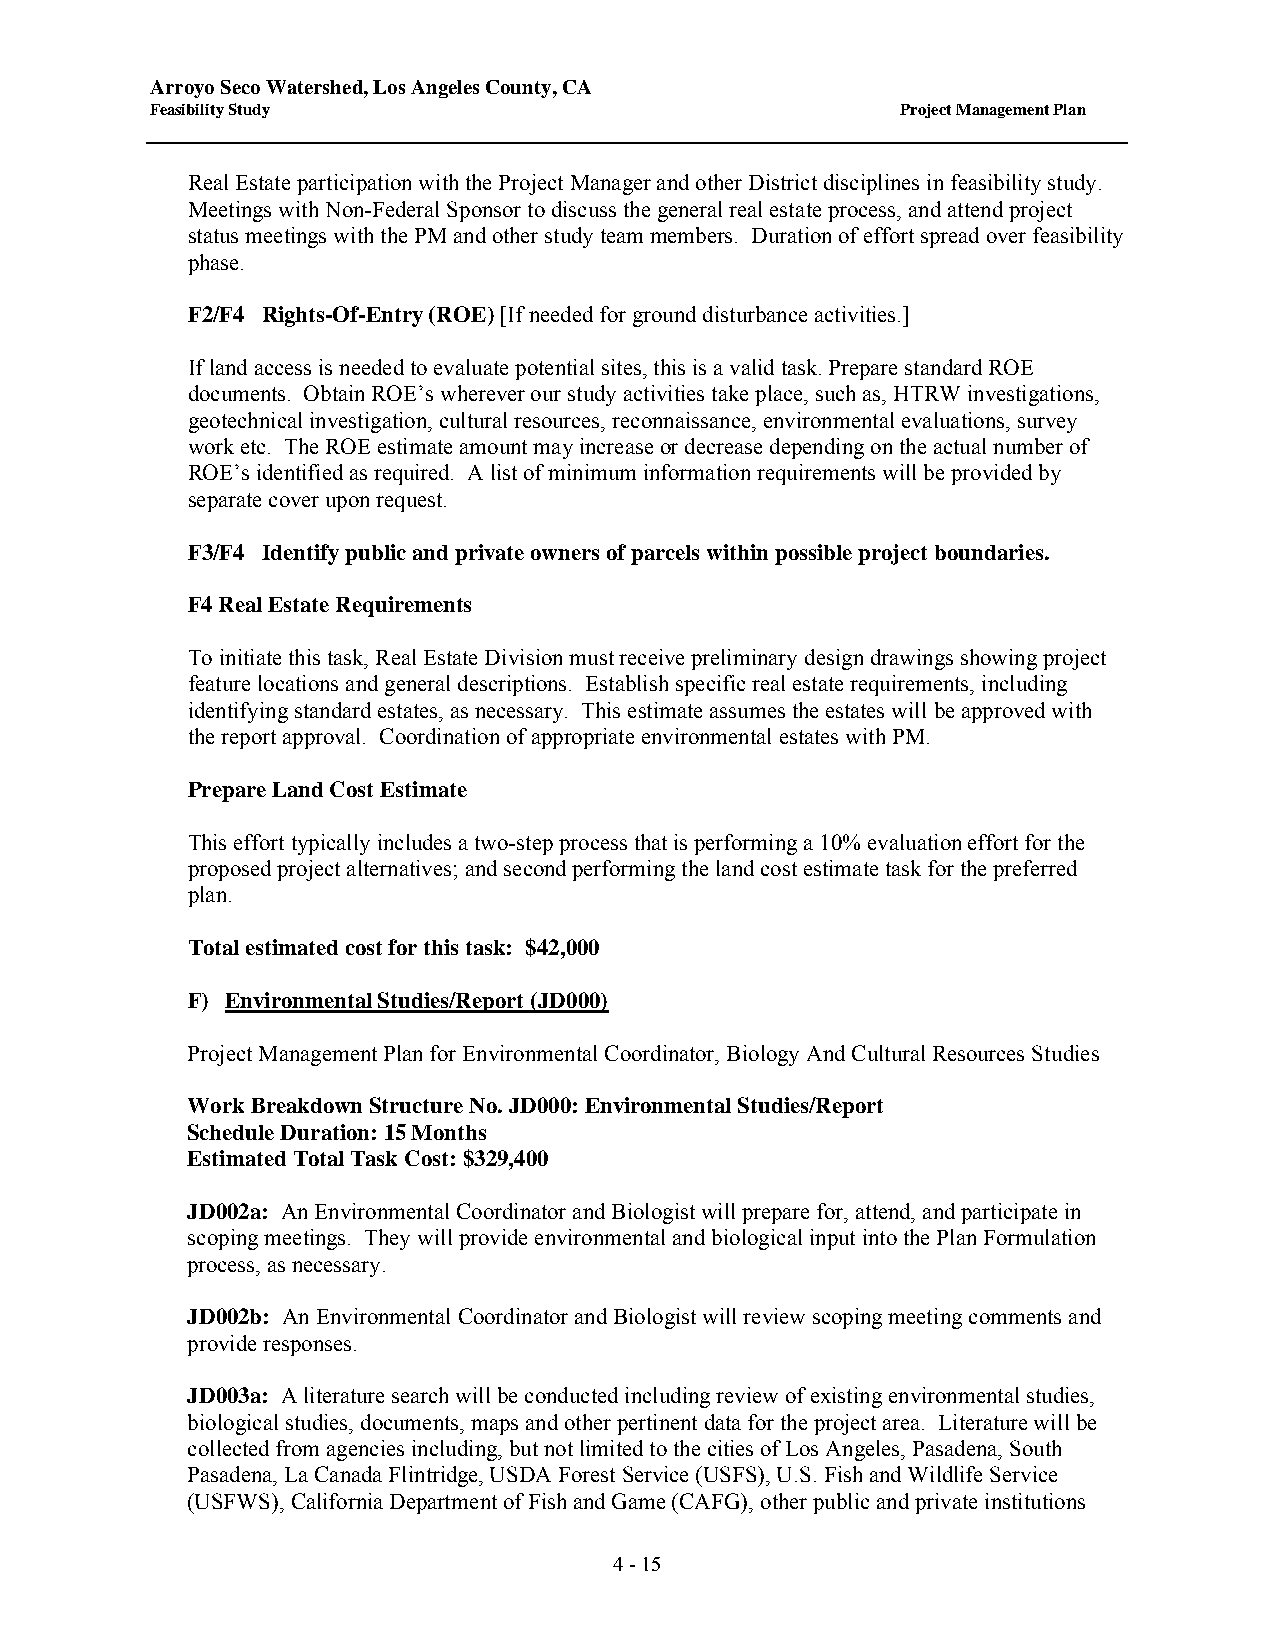
Arroyo Seco Watershed, Los Angeles County, CA
 Feasibility Study                                 Project Management Plan
 Real Estate participation with the Project Manager and other District disciplines in feasibility study.
 Meetings with Non-Federal Sponsor to discuss the general real estate process, and attend project
 status meetings with the PM and other study team members. Duration of effort spread over feasibility
 phase.
 F2/F4 Rights-Of-Entry (ROE) [If needed for ground disturbance activities.]
 If land access is needed to evaluate potential sites, this is a valid task. Prepare standard ROE
 documents. Obtain ROE’s wherever our study activities take place, such as, HTRW investigations,
 geotechnical investigation, cultural resources, reconnaissance, environmental evaluations, survey
 work etc. The ROE estimate amount may increase or decrease depending on the actual number of
 ROE’s identified as required. A list of minimum information requirements will be provided by
 separate cover upon request.
 F3/F4 Identify public and private owners of parcels within possible project boundaries.
 F4 Real Estate Requirements
 To initiate this task, Real Estate Division must receive preliminary design drawings showing project
 feature locations and general descriptions. Establish specific real estate requirements, including
 identifying standard estates, as necessary. This estimate assumes the estates will be approved with
 the report approval. Coordination of appropriate environmental estates with PM.
 Prepare Land Cost Estimate
 This effort typically includes a two-step process that is performing a 10% evaluation effort for the
 proposed project alternatives; and second performing the land cost estimate task for the preferred
 plan.
 Total estimated cost for this task: $42,000
 F) Environmental Studies/Report (JD000)
 Project Management Plan for Environmental Coordinator, Biology And Cultural Resources Studies
 Work Breakdown Structure No. JD000: Environmental Studies/Report
 Schedule Duration: 15 Months
 Estimated Total Task Cost: $329,400
 JD002a: An Environmental Coordinator and Biologist will prepare for, attend, and participate in
 scoping meetings. They will provide environmental and biological input into the Plan Formulation
 process, as necessary.
 JD002b: An Environmental Coordinator and Biologist will review scoping meeting comments and
 provide responses.
 JD003a: A literature search will be conducted including review of existing environmental studies,
 biological studies, documents, maps and other pertinent data for the project area. Literature will be
 collected from agencies including, but not limited to the cities of Los Angeles, Pasadena, South
 Pasadena, La Canada Flintridge, USDA Forest Service (USFS), U.S. Fish and Wildlife Service
 (USFWS), California Department of Fish and Game (CAFG), other public and private institutions
 4 - 15